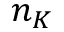
n _ { K }